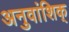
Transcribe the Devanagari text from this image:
अनुवांशिक्